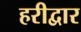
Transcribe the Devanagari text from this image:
हरीद्वार